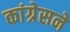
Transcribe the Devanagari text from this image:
कांग्रेसने